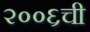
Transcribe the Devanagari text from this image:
२००६ची